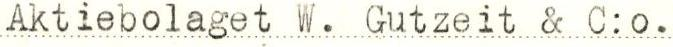
Aktiebolaget W. Gutzeit & C:o.